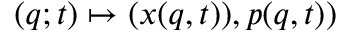
( \ensuremath { \boldsymbol { q } } ; t ) \mapsto ( \ensuremath { \boldsymbol { x } } ( \ensuremath { \boldsymbol { q } } , t ) ) , \ensuremath { \boldsymbol { p } } ( \ensuremath { \boldsymbol { q } } , t ) )